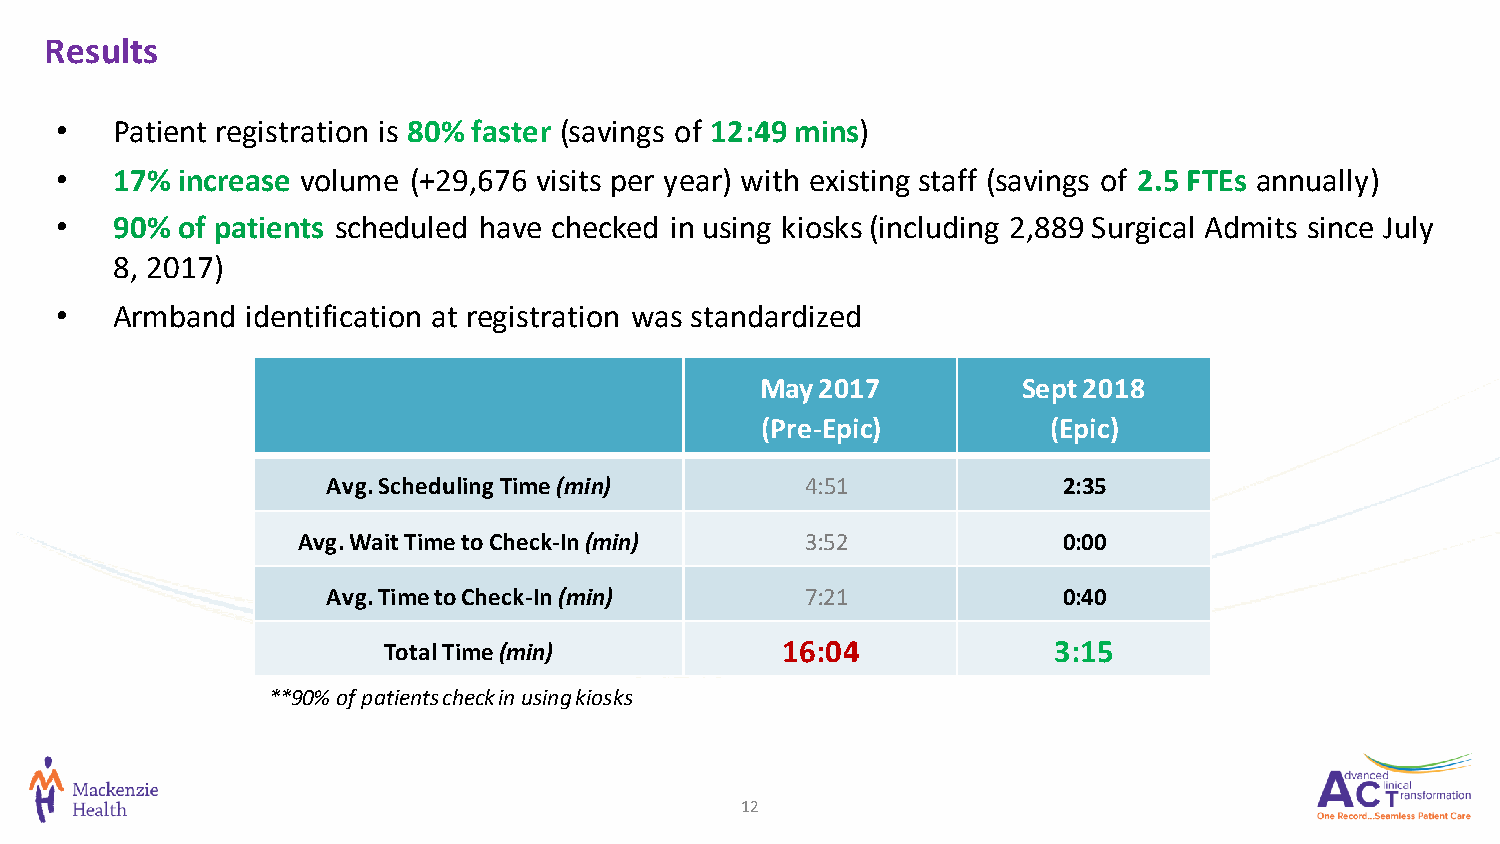
Results
 •  Patient registration is 80% faster (savings of 12:49 mins)
 •  17%  increase volume (+29,676 visits per year) with existing staff (savings of 2.5 FTEs annually)
 •  90%  of patients scheduled have checked in using kiosks (including 2,889 Surgical Admits since July
 8, 2017)
 •  Armband  identification at registration was standardized
 May 2017          Sept 2018
 (Pre-Epic)          (Epic)
 Avg. Scheduling Time (min)     4:51             2:35
 Avg. Wait Time to Check-In (min) 3:52             0:00
 Avg. Time to Check-In (min)    7:21             0:40
 Total Time (min)           16:04             3:15
 **90% of patients check in using kiosks
 12